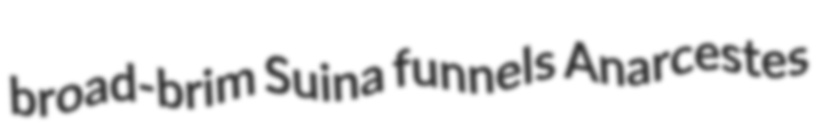
broad-brim Suina funnels Anarcestes